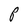
Character: P